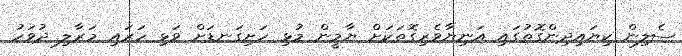
ސެލިން ކިޔައިދިންގޮތުގައި އަނިޔާވެރިގޮތަކަށް ޔާމީން މުޅި ހަށިގަނޑަށް ވަޅި ހަރައި މަރާލި ދުވަހު